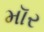
મૉર